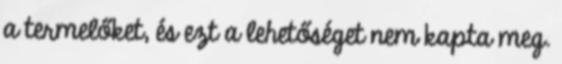
a termelőket, és ezt a lehetőséget nem kapta meg.